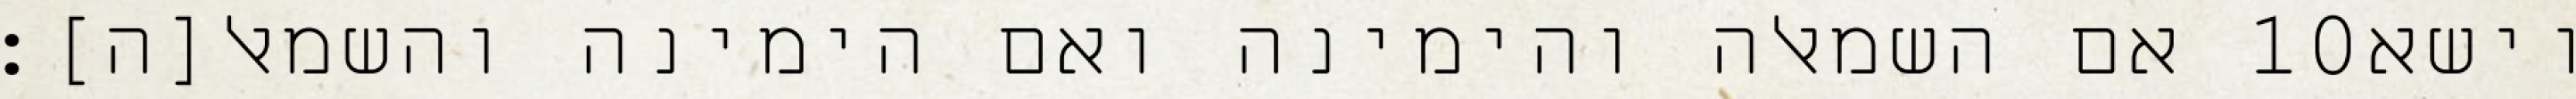
אם השמאלה והימינה ואם הימינה והשמאל[ה]׃ ‎10‏ וישא